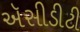
ઍસીડીટી